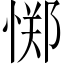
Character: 𫺫